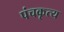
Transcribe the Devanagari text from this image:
पंचकृत्य